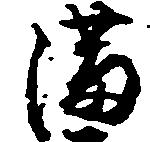
満